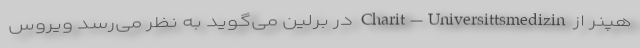
هپنر از Charit–Universittsmedizin در برلین می‌گوید به نظر می‌رسد ویروس